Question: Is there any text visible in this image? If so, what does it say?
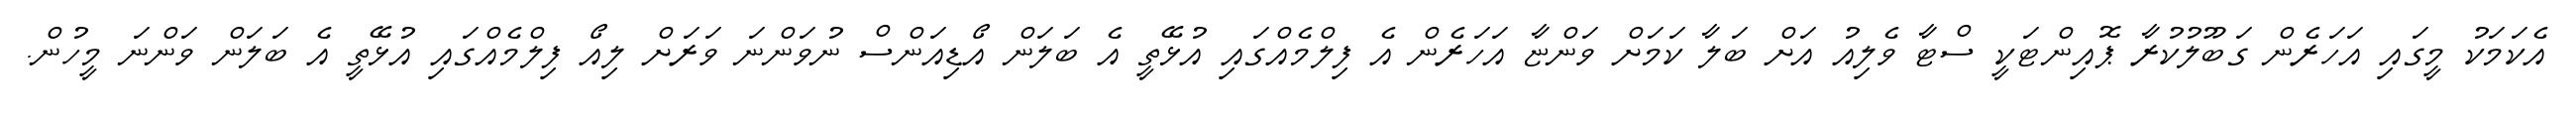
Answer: އެކަމަކު މީގައި އަހަރެން ގަބޫލުކުރާ ޕޮއިންޓަކީ ސްޓާ ވެލިއު އަށް ބަލާ ކަމަށް ވަންޏާ އަހަރެން އެ ފިލްމެއްގައި އުޅޭތީ އެ ބަލަން އޯޑިއަންސް ނުވަންނަ ވަރަށް ލިއޯ ފިލްމެއްގައި އުޅޭތީ އެ ބަލަން ވަންނަ މީހުން.